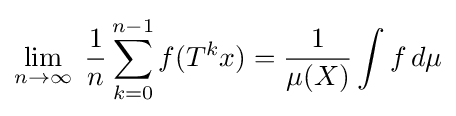
\lim _{n\rightarrow \infty }\;{\frac {1}{n}}\sum _{k=0}^{n-1}f(T^{k}x)={\frac {1}{\mu (X)}}\int f\,d\mu